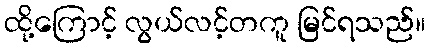
ထို့ကြောင့် လွယ်လင့်တကူ မြင်ရသည်။